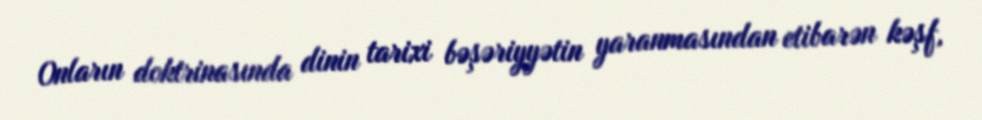
Onların doktrinasında dinin tarixi bəşəriyyətin yaranmasından etibarən kəşf,